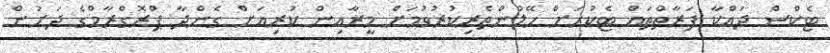
ޓެކްސް ދައްކާ ފަރާތްތައް ޓެކުހަށް ހޭލުންތެރިކުރުވުމަށް މީރާއިން ކުރިއަށް ގެންދާ ޕްރޮގްރާމްގެ ދަށުން